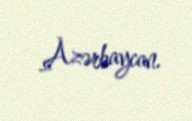
Azərbaycan.